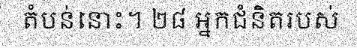
តំបន់នោះ។ ២៨ អ្នកជំនិតរបស់